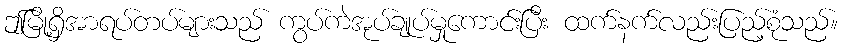
ဤမြို့ရှိအာရပ်တပ်များသည် ကွပ်ကဲအုပ်ချုပ်မှုကောင်းပြီး ထက်နက်လည်းပြည့်စုံသည်။